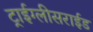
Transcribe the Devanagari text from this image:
ट्राईग्लीसराईड